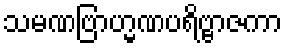
သမဏဗြာဟ္မဏပရိဗ္ဗာဇကာ